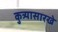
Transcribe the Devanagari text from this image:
कुत्र्यासारखे